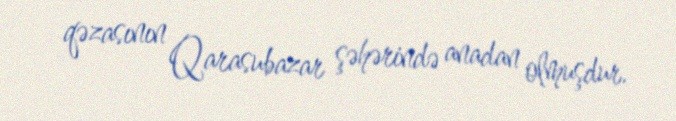
qəzasının Qarasubazar şəhərində anadan olmuşdur.